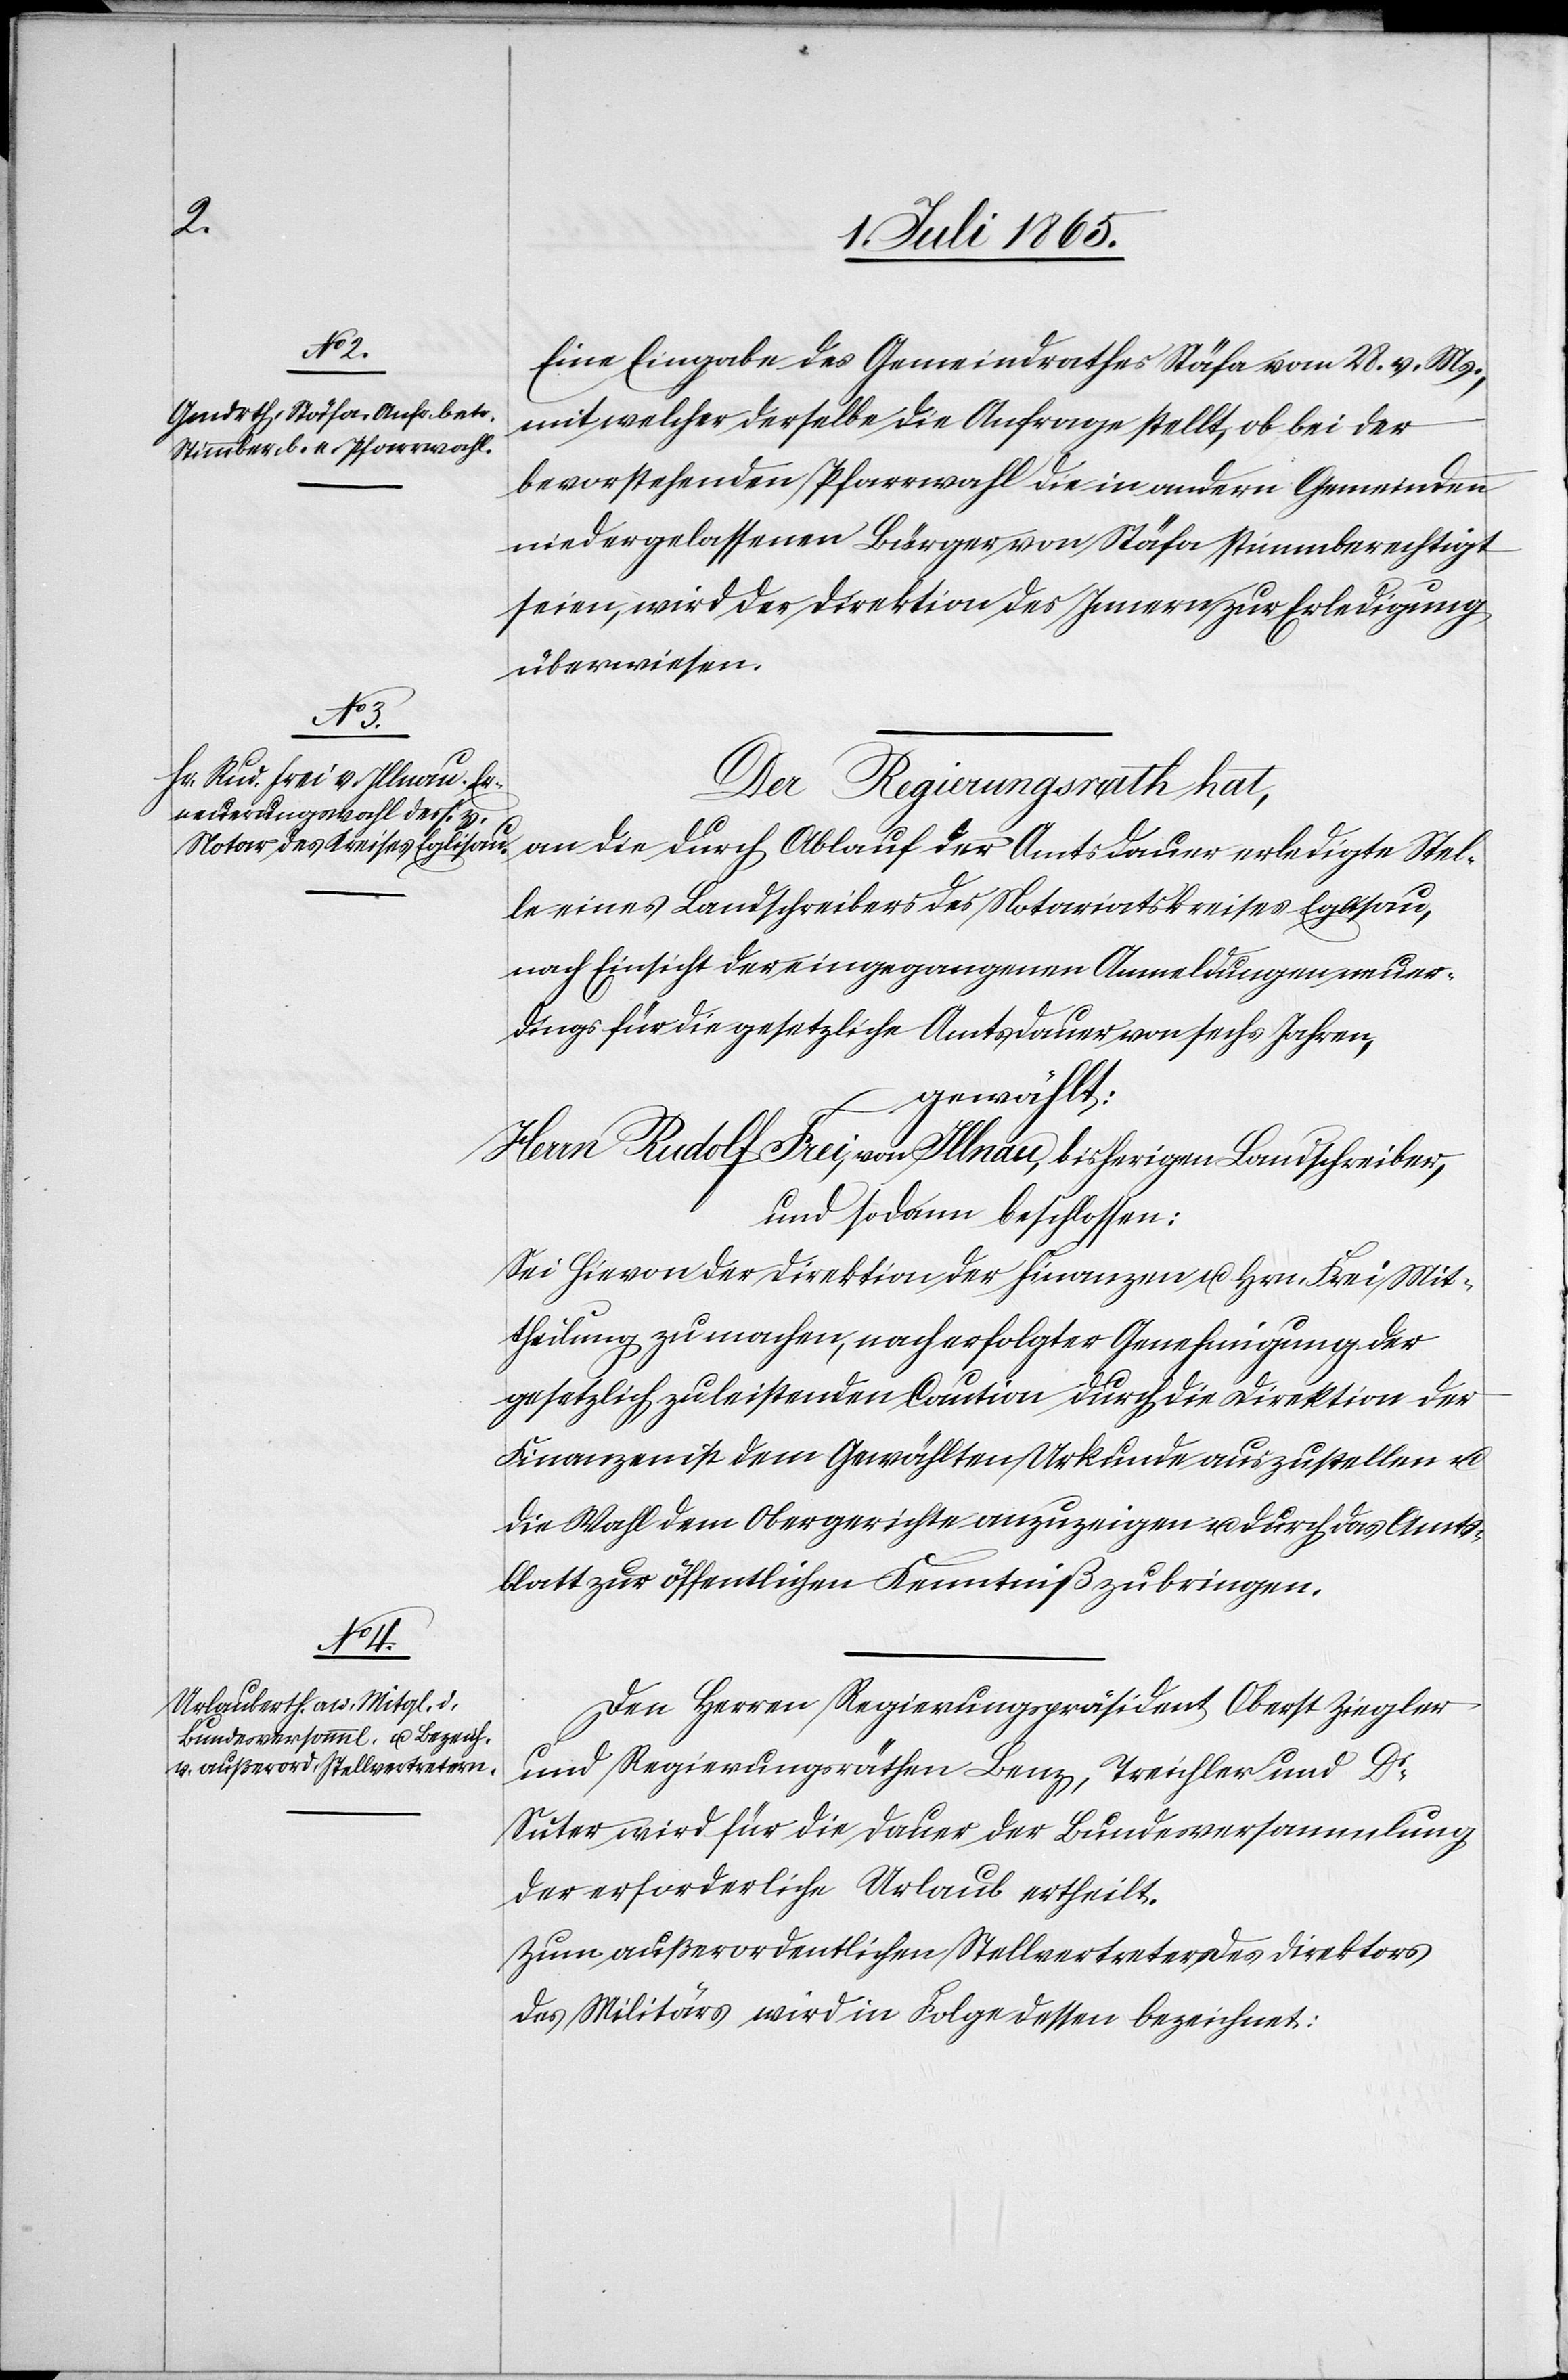
Eine Eingabe des Gemeindrathes Stäfa vom 28. v. Ms.,
mit welcher derselbe die Anfrage stellt, ob bei der
bevorstehenden Pfarrwahl die in andern Gemeinden
niedergelassenen Bürger von Stäfa stimmberechtigt
seien, wird der Direktion des Innern zur Erledigung
überwiesen.
Der Regierungsrath hat,
an die durch Ablauf der Amtsdauer erledigte Stel¬
le eines Landschreibers des Notariatskreises Eglisau,
nach Einsicht der eingegangenen Anmeldungen neuer¬
dings für die gesetzliche Amtsdauer von sechs Jahren,
gewählt:
Herrn Rudolf Frei, von Illnau, bisherigen Landschreiber,
und sodann beschlossen:
Sei hievon der Direktion der Finanzen u. Hrn. Frei Mit¬
theilung zu machen, nach erfolgter Genehmigung der
gesetzlich zu leistenden Caution durch die Direktion der
Finanzen ist dem Gewählten Urkunde auszustellen u.
die Wahl dem Obergerichte anzuzeigen u. durch das Amts¬
blatt zur öffentlichen Kenntniß zu bringen.
Den Herren Regierungspräsident Oberst Ziegler
und Regierungsräthen Benz, Treichler und Dr
Suter wird für die Dauer der Bundesversammlung
der erforderliche Urlaub ertheilt.
Zum außerordentlichen Stellvertreter des Direktors
des Militärs wird in Folge dessen bezeichnet: